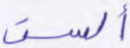
ألست